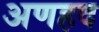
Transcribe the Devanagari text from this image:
अणहद